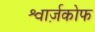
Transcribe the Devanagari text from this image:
श्वार्ज़कोफ